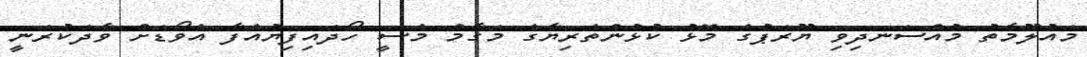
މައުލޫމާތު މުއްސަނދިވި ޔޫރަޕުގެ މޮޅު ކުޅުންތެރިޔާގެ މަގާމް މެސީ ހޯދައިފިޔުއެފާ އެވޯޑަށް ވާދަކުރަނީ